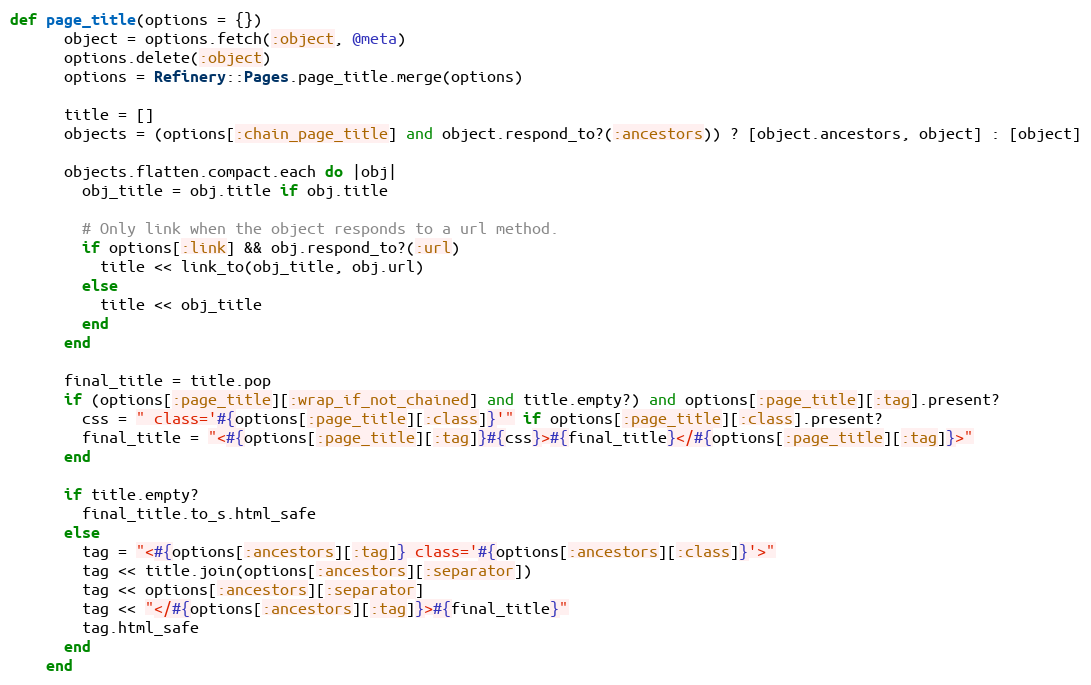
Language: Ruby
def page_title(options = {})
      object = options.fetch(:object, @meta)
      options.delete(:object)
      options = Refinery::Pages.page_title.merge(options)

      title = []
      objects = (options[:chain_page_title] and object.respond_to?(:ancestors)) ? [object.ancestors, object] : [object]

      objects.flatten.compact.each do |obj|
        obj_title = obj.title if obj.title

        # Only link when the object responds to a url method.
        if options[:link] && obj.respond_to?(:url)
          title << link_to(obj_title, obj.url)
        else
          title << obj_title
        end
      end

      final_title = title.pop
      if (options[:page_title][:wrap_if_not_chained] and title.empty?) and options[:page_title][:tag].present?
        css = " class='#{options[:page_title][:class]}'" if options[:page_title][:class].present?
        final_title = "<#{options[:page_title][:tag]}#{css}>#{final_title}</#{options[:page_title][:tag]}>"
      end

      if title.empty?
        final_title.to_s.html_safe
      else
        tag = "<#{options[:ancestors][:tag]} class='#{options[:ancestors][:class]}'>"
        tag << title.join(options[:ancestors][:separator])
        tag << options[:ancestors][:separator]
        tag << "</#{options[:ancestors][:tag]}>#{final_title}"
        tag.html_safe
      end
    end